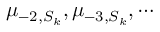
\mu _ { - 2 , S _ { k } } , \mu _ { - 3 , S _ { k } } , \cdots